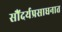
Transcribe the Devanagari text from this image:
सौंदर्यप्रसाधनात